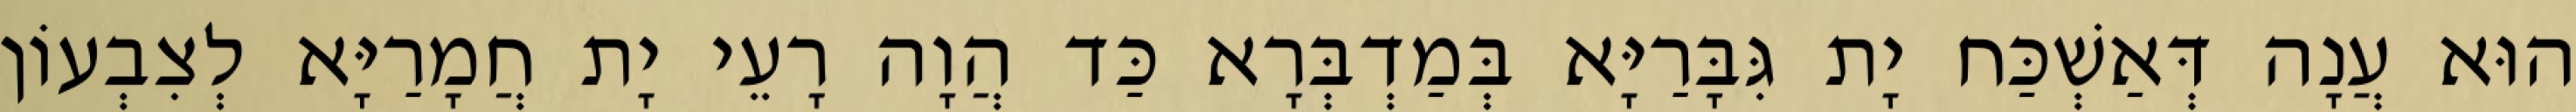
הוּא עֲנָה דְּאַשְׁכַּח יָת גִּבָּרַיָּא בְּמַדְבְּרָא כַּד הֲוָה רָעֵי יָת חֲמָרַיָּא לְצִבְעוֹן